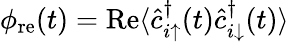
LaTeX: \phi_{\mathrm{re}}(t)=\mathrm{Re}\langle\hat{c}_{i\uparrow}^{\dagger}(t)\hat{c}_{i\downarrow}^{\dagger}(t)\rangle